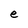
Character: e